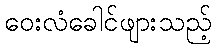
ဝေးလံခေါင်ဖျားသည့်